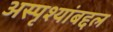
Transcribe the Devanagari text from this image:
अस्पृश्यांबद्दल